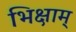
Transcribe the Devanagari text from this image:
भिक्षाम्